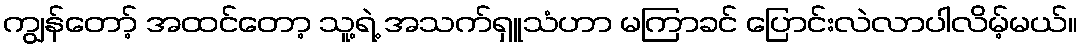
ကျွန်တော့် အထင်တော့ သူ့ရဲ့ အသက်ရှူသံဟာ မကြာခင် ပြောင်းလဲလာပါလိမ့်မယ်။